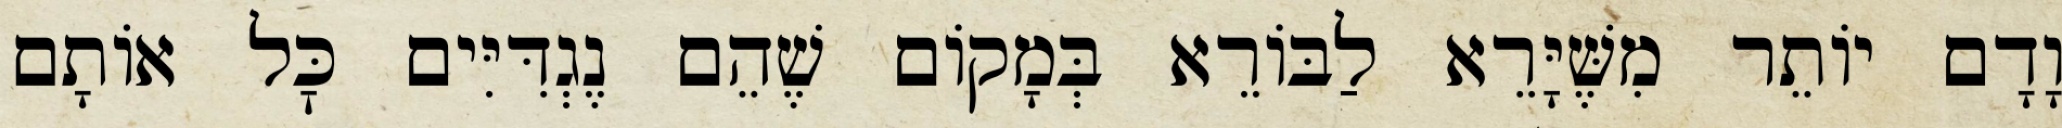
וָדָם יוֹתֵר מִשֶּׁיָּרֵא לַבּוֹרֵא בְּמָקוֹם שֶׁהֵם נֶגְדִּיִּים כׇּל אוֹתָם